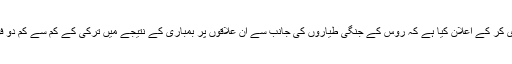
ترکی کی فوج نے بھی ایک بیان جاری کر کے اعلان کیا ہے کہ روس کے جنگی طیاروں کی جانب سے ان علاقوں پر بمباری کے نتیجے میں ترکی کے کم سے کم دو فوجی ہلاک اور پانچ زخمی ہوئے ہیں ۔